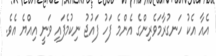
އެއާ އެކު ހަނގުރާމަވެރިންގެ އެންމެ ފަހު ފައުޖު ނިކުމެފައި ވަނީ އިއްޔެ އެވެ.